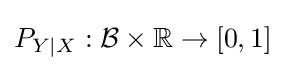
P_{Y|X}:{\mathcal {B}}\times \mathbb {R} \to [0,1]